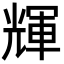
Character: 輝